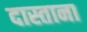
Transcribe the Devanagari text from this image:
दास्ताना